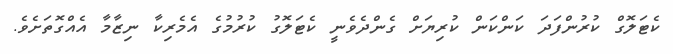
ކެޓަލޮގް ކުރުންފަދަ ކަންކަން ކުރިޔަށް ގެންދެވެނީ ކެޓަލޮގު ކުރުމުގެ އެމެރިކާ ނިޒާމާ އެއްގޮތަށެވެ.